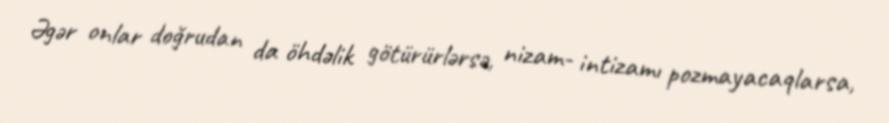
Əgər onlar doğrudan da öhdəlik götürürlərsə, nizam- intizamı pozmayacaqlarsa,